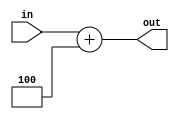
`timescale 1ns / 1ps
//////////////////////////////////////////////////////////////////////////////////
// Company: 
// Engineer: 
// 
// Design Name: 
// Module Name: add4
// Project Name: 
// Target Devices: 
// Tool Versions: 
// Description: 
// 
// Dependencies: 
// 
// Revision:
// Revision 0.01 - File Created
// Additional Comments:
// 
//////////////////////////////////////////////////////////////////////////////////


module add4(in,out);
input [31:0] in;
output reg [31:0]out;
always @(*)
out=in+4;
endmodule